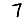
Digit: 7